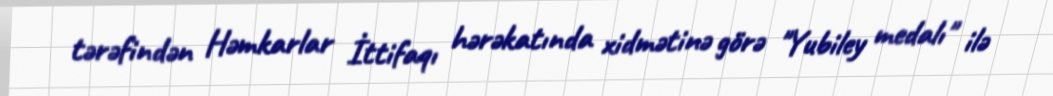
tərəfindən Həmkarlar İttifaqı hərəkatında xidmətinə görə "Yubiley medalı" ilə